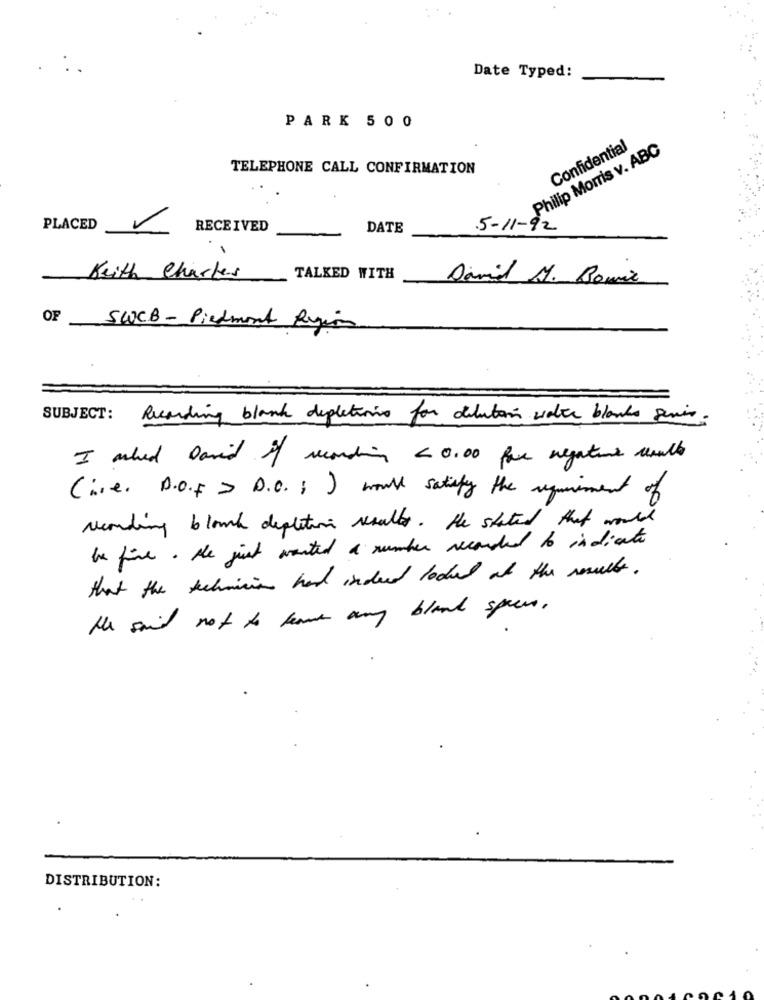
Date Typed:
PARK 500
Philip Morris v. ABC
Confidential
TELEPHONE CALL CONFIRMATION
PLACED
RECEIVED
DATE
5-11-92
Keith Charles
TALKED WITH
Davil M. Bowie
OF SWCB -Piedmont Region
SUBJECT:
Recording blank depletion for dilution water blanks quis.
I asked David of recording < 0.00 for negative usulle
(i.e. D.O.F > D.O. : ) would satisfy the requirement of
recording blowh depletion results. He stated that would
be fine. He just wanted a number recorded to indicate
that the technician had indeed looked at the results .
He said not to have any blank speers.
DISTRIBUTION: